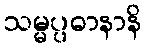
သမ္မပ္ပဓာနာနိ